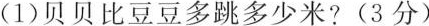
(1)贝贝比豆豆多跳多少米?(3分)